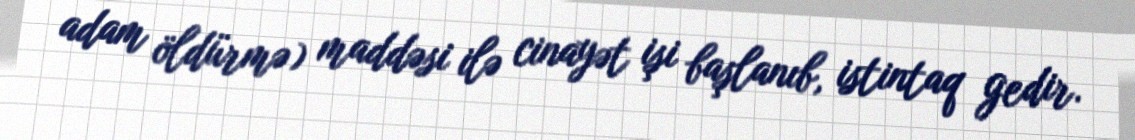
adam öldürmə) maddəsi ilə cinayət işi başlanıb, istintaq gedir.